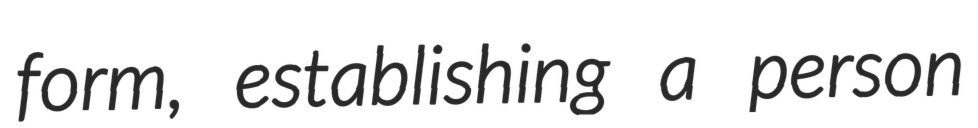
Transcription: form, establishing a person